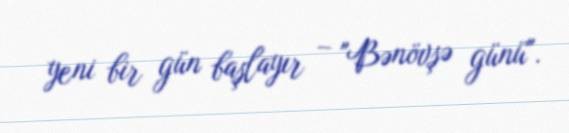
yeni bir gün başlayır – "Bənövşə günü".